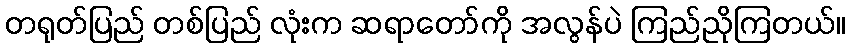
တရုတ်ပြည် တစ်ပြည် လုံးက ဆရာတော်ကို အလွန်ပဲ ကြည်ညိုကြတယ်။